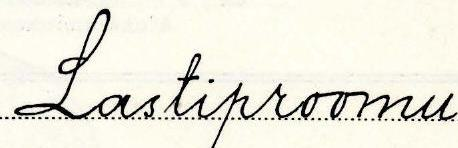
Lastiproomu